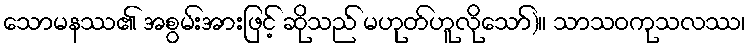
သောမနဿ၏ အစွမ်းအားဖြင့် ဆိုသည် မဟုတ်ဟူလိုသော်)။ သာသဝကုသလဿ၊